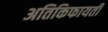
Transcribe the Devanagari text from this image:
अतिकिफायती